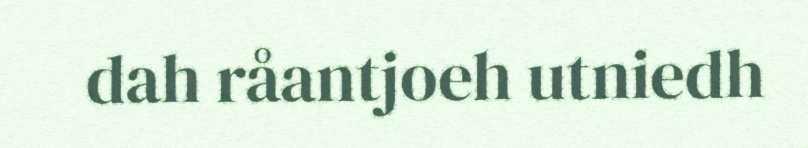
dah råantjoeh utniedh